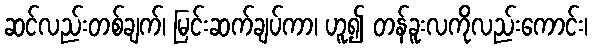
ဆင်လည်းတစ်ချက်၊ မြင်းဆက်ချပ်ကာ၊ ဟူ၍ တန်ခူးလကိုလည်းကောင်း၊